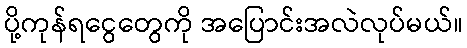
ပို့ကုန်ရငွေတွေကို အပြောင်းအလဲလုပ်မယ်။